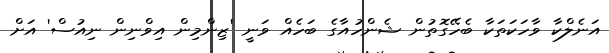
އަނެލްކާ ވާހަކަތަކާ ބެހޭގޮތުން ޝެންހުއާގެ ބަހެއް ވަނީ 'ޒިންމިން އިވްނިން ނިއުސް' އަށް